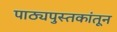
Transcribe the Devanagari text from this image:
पाठ्यपुस्तकांतून